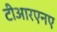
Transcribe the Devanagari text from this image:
टीआरएनए